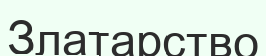
Златарство